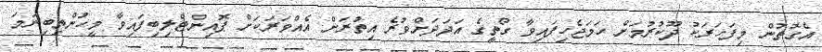
އެގޮތުން މިފަހަރަކު ދޫކުރުމަށް ހަމަޖެހިފައިވާ ގޯތީގެ އަދަދަށްވުރެ އިތުރަށް އެއްވަރަކަށް ޕޮއިންޓްލިބިފައިވާ މީހުންތިބިނަމަ